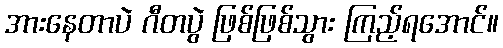
အားနေတာပဲ ဂီတပွဲ ဖြစ်ဖြစ်သွား ကြည့်ရအောင်။